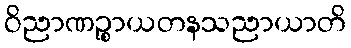
ဝိညာဏဉ္စာယတနသညာယာတိ